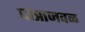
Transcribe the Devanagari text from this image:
पात्राजवळ